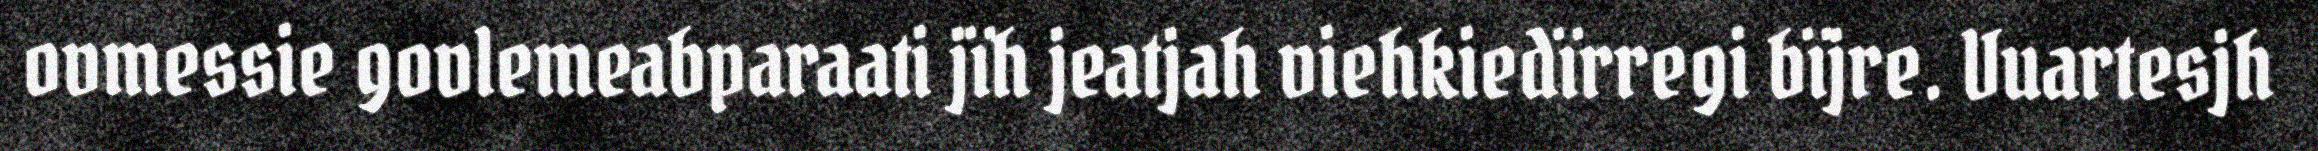
ovmessie govlemeabparaati jïh jeatjah viehkiedïrregi bïjre. Vuartesjh